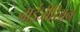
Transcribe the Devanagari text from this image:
नाईजीरियन